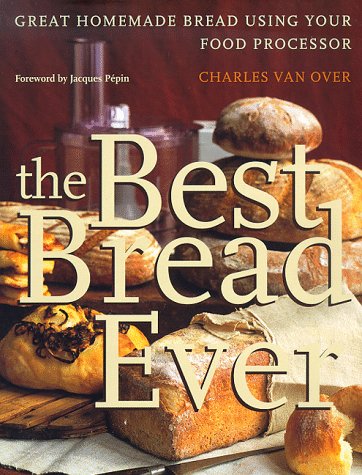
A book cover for The Best Bread Ever: Great Homemade Bread Using your Food Processor; Charles Van Over; Cookbooks, Food & Wine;